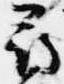
尋